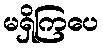
မရှိကြပေ